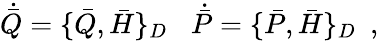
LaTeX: \dot{\bar{Q}}=\{ \bar{Q},\bar{H}\} _{D}\, \, \, \, \, \dot{\bar{P}}=\{ \bar{P},\bar{H}\} _{D}\, \, \, ,